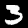
Digit: 3